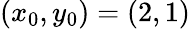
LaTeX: (x_{0},y_{0})=(2,1)